Malaria in the Andamans - Number 56
Disease focus: Malaria
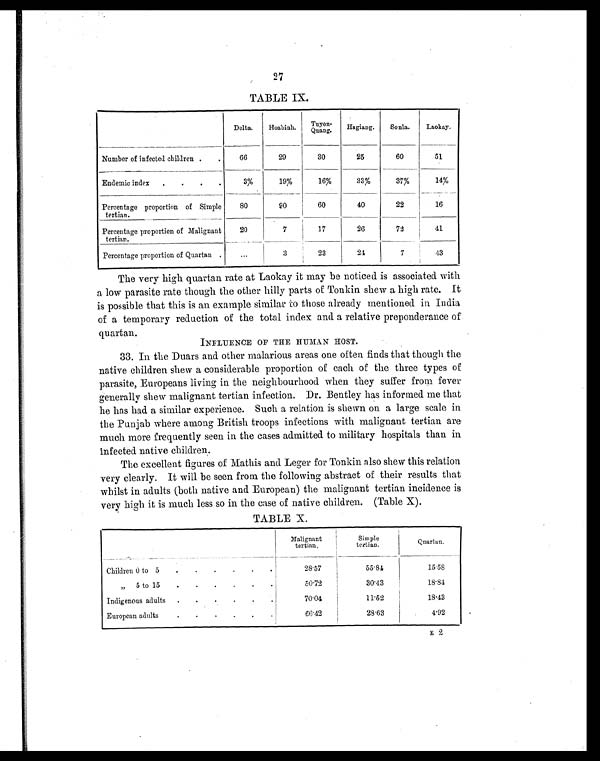
27
TABLE IX.
Delta.
Hoabinh. Tuyen-Quang.
Hagiang.
Sonla.
Laokay.
Number of infected children .
.
66
29
30
25
60
51
Endemic index .
.
.
.
3%
19%
16%
33%
37%
14%
Percentage proportion of Simple
tertian
80
90
60
40
22
16
Percentage proportion of Malignant
tertian.
20
7
17
26
72
41
Percentage proportion of Quartan
...
3
23
24
7
4 3
The very high quartan rate at Laokay it may be noticed is associated with
a low parasite rate though the other hilly parts of Tonkin shew a high rate. It
is possible that this is an example similar to those already mentioned in India
of a temporary reduction of the total index and a relative preponderance of
quartan.
INFLUENCE OF THE HUMAN HOST.
33. In the Duars and other malarious areas one often finds that though the
native children shew a considerable proportion of each of the three types of
parasite, Europeans living in the neighbourhood when they suffer from fever
generally shew malignant tertian infection. Dr. Bentley has informed me that
he has had a similar experience. Such a relation is shown on a large scale in
the Punjab where among British troops infections with malignant tertian are
much more frequently seen in the cases admitted to military hospitals than in
infected native children.
The excellent figures of Mathis and Leger for Tonkin also show this relation
very clearly. It will be seen from the following abstract of their results that
whilst in adults (both native and European) the malignant tertian incidence is
very high it is much less so in the case of native children. (Table X).
TABLE X.
Malignant
tertian.
Simple
tertian.
Quartan.
Children 0 to 5
.
.
.
.
.
28.57
5 5 . 8 4
1 5 . 5 8
" 5 to 15
.
.
.
.
.
.
50.72
30.43
1 8 . 8 4
Indigenous adults .
.
.
.
.
.
70.04
11.52
18.43
European adults
.
.
.
.
.
.
66.42
28.63
4.92